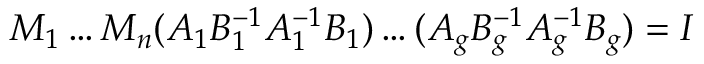
M _ { 1 } \ldots M _ { n } ( A _ { 1 } B _ { 1 } ^ { - 1 } A _ { 1 } ^ { - 1 } B _ { 1 } ) \ldots ( A _ { g } B _ { g } ^ { - 1 } A _ { g } ^ { - 1 } B _ { g } ) = I